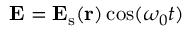
{ \mathbf { E } } = { \mathbf { E } } _ { \mathrm { s } } ( \mathbf { r } ) \cos ( \omega _ { 0 } t )